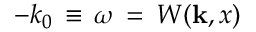
- k _ { 0 } { \, } \equiv { \, } \omega { \, } = { \, } W ( { \bf k } , x )